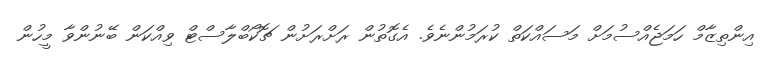
އިންތިޒާމް ހަމަޖެއްސުމަށް މަސައްކަތް ކުރަމުންނެވެ. އެގޮތުން ރަށްރަށުން ޗޮކޯބްލާސްޓް ވިއްކަން ބޭނުންވާ މީހުން